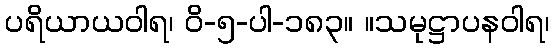
ပရိယာယဝါရ၊ ဝိ-၅-ပါ-၁၈၃။ ။သမုဋ္ဌာပနဝါရ၊